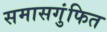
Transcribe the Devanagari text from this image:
समासगुंफित